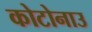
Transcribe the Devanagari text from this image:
कोटोनाउ